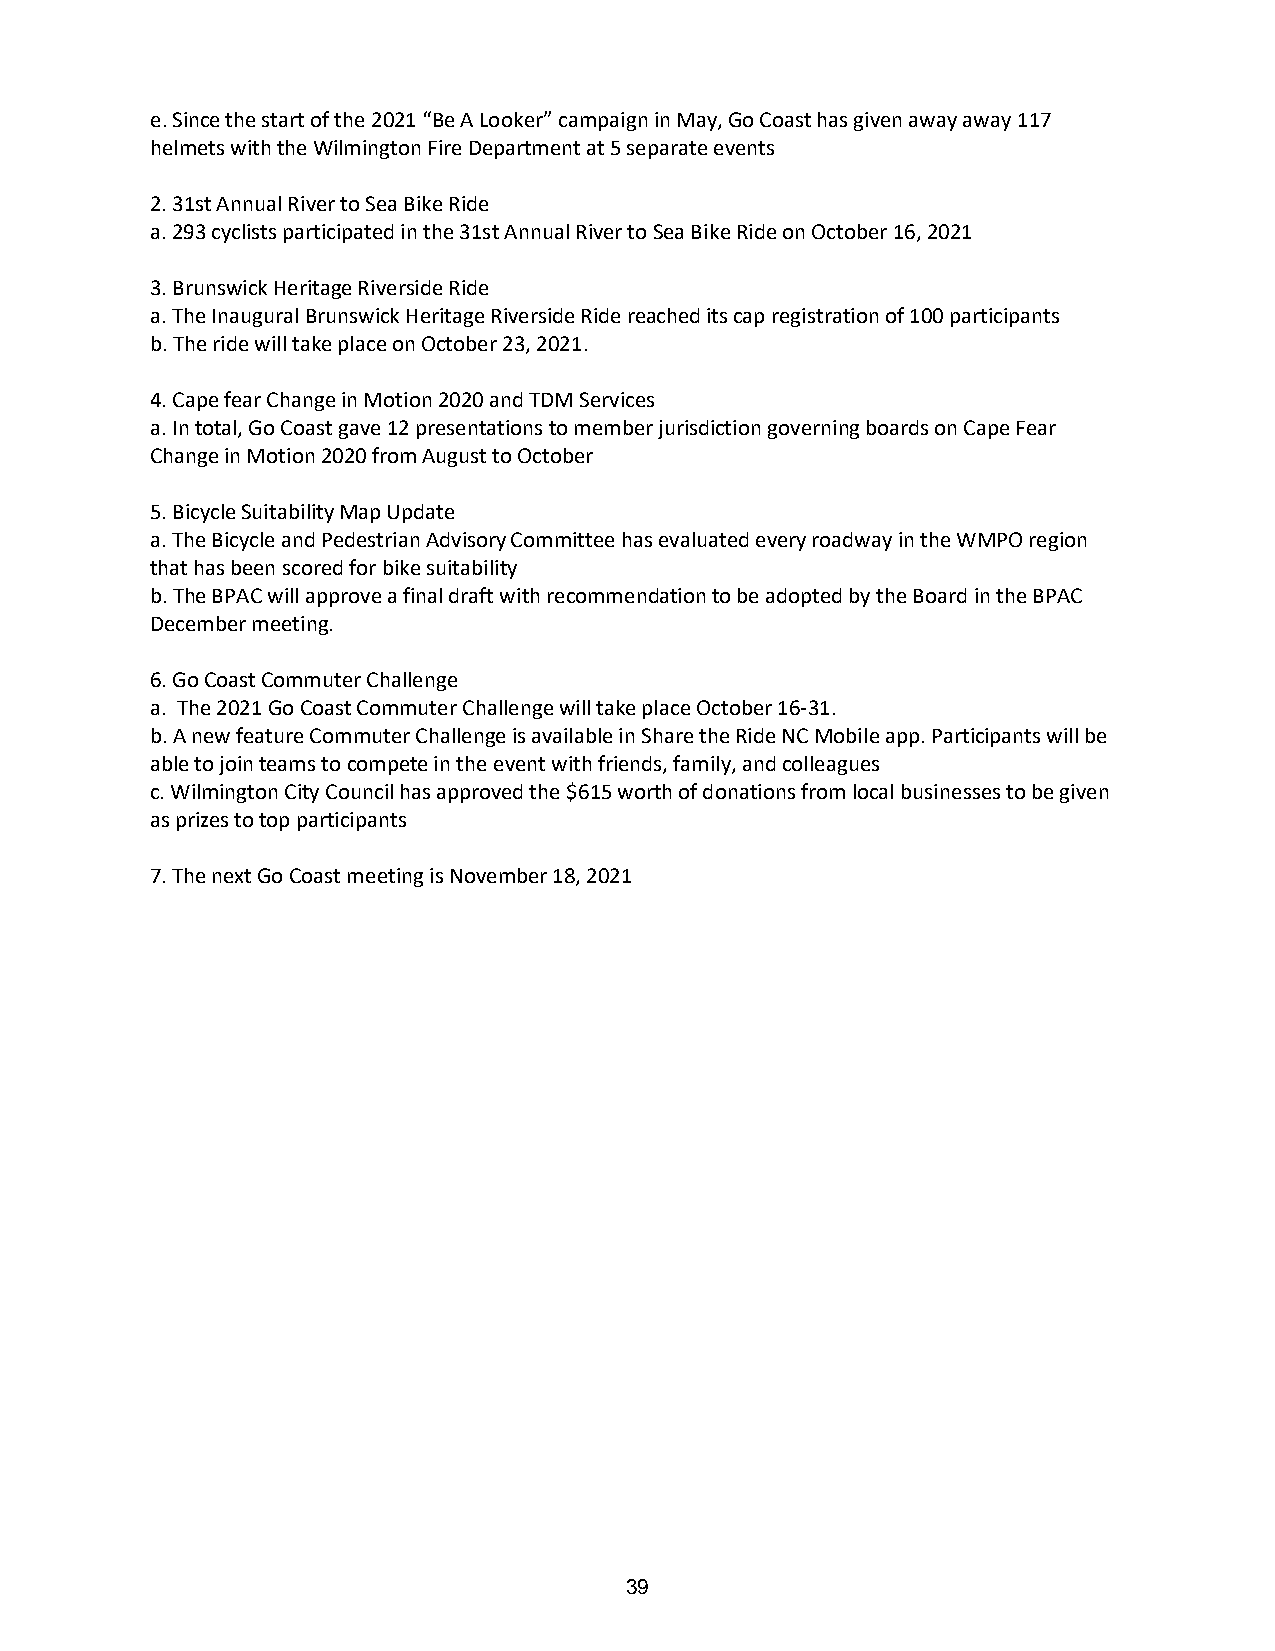
e.Since the start of the 2021 “Be A Looker” campaign in May, Go Coast has given away away 117
 helmets with the Wilmington Fire Department at 5 separate events
 2.31st Annual River to Sea Bike Ride
 a.293 cyclists participated in the 31st Annual River to Sea Bike Ride on October 16, 2021
 3.Brunswick Heritage Riverside Ride
 a.The Inaugural Brunswick Heritage Riverside Ride reached its cap registration of 100 participants
 b.The ride will take place on October 23, 2021.
 4.Cape fear Change in Motion 2020 and TDM Services
 a.In total, Go Coast gave 12 presentations to member jurisdiction governing boards on Cape Fear
 Change in Motion 2020 from August to October
 5.Bicycle Suitability Map Update
 a.The Bicycle and Pedestrian Advisory Committee has evaluated every roadway in the WMPO region
 that has been scored for bike suitability
 b.The BPAC will approve a final draft with recommendation to be adopted by the Board in the BPAC
 December meeting.
 6.Go Coast Commuter Challenge
 a. The 2021 Go Coast Commuter Challenge will take place October 16-31.
 b.A new feature Commuter Challenge is available in Share the Ride NC Mobile app. Participants will be
 able to join teams to compete in the event with friends, family, and colleagues
 c.Wilmington City Council has approved the $615 worth of donations from local businesses to be given
 as prizes to top participants
 7.The next Go Coast meeting is November 18, 2021
 39